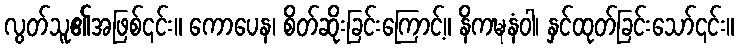
လွတ်သူ၏အဖြစ်၎င်း။ ကောပေန၊ စိတ်ဆိုးခြင်းကြောင့်။ နိကဍ္ဎနံဝါ၊ နှင်ထုတ်ခြင်းသော်၎င်း။